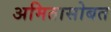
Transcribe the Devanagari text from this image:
अमितासोबत